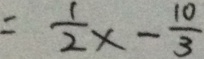
= \frac { 1 } { 2 } x - \frac { 1 0 } { 3 }